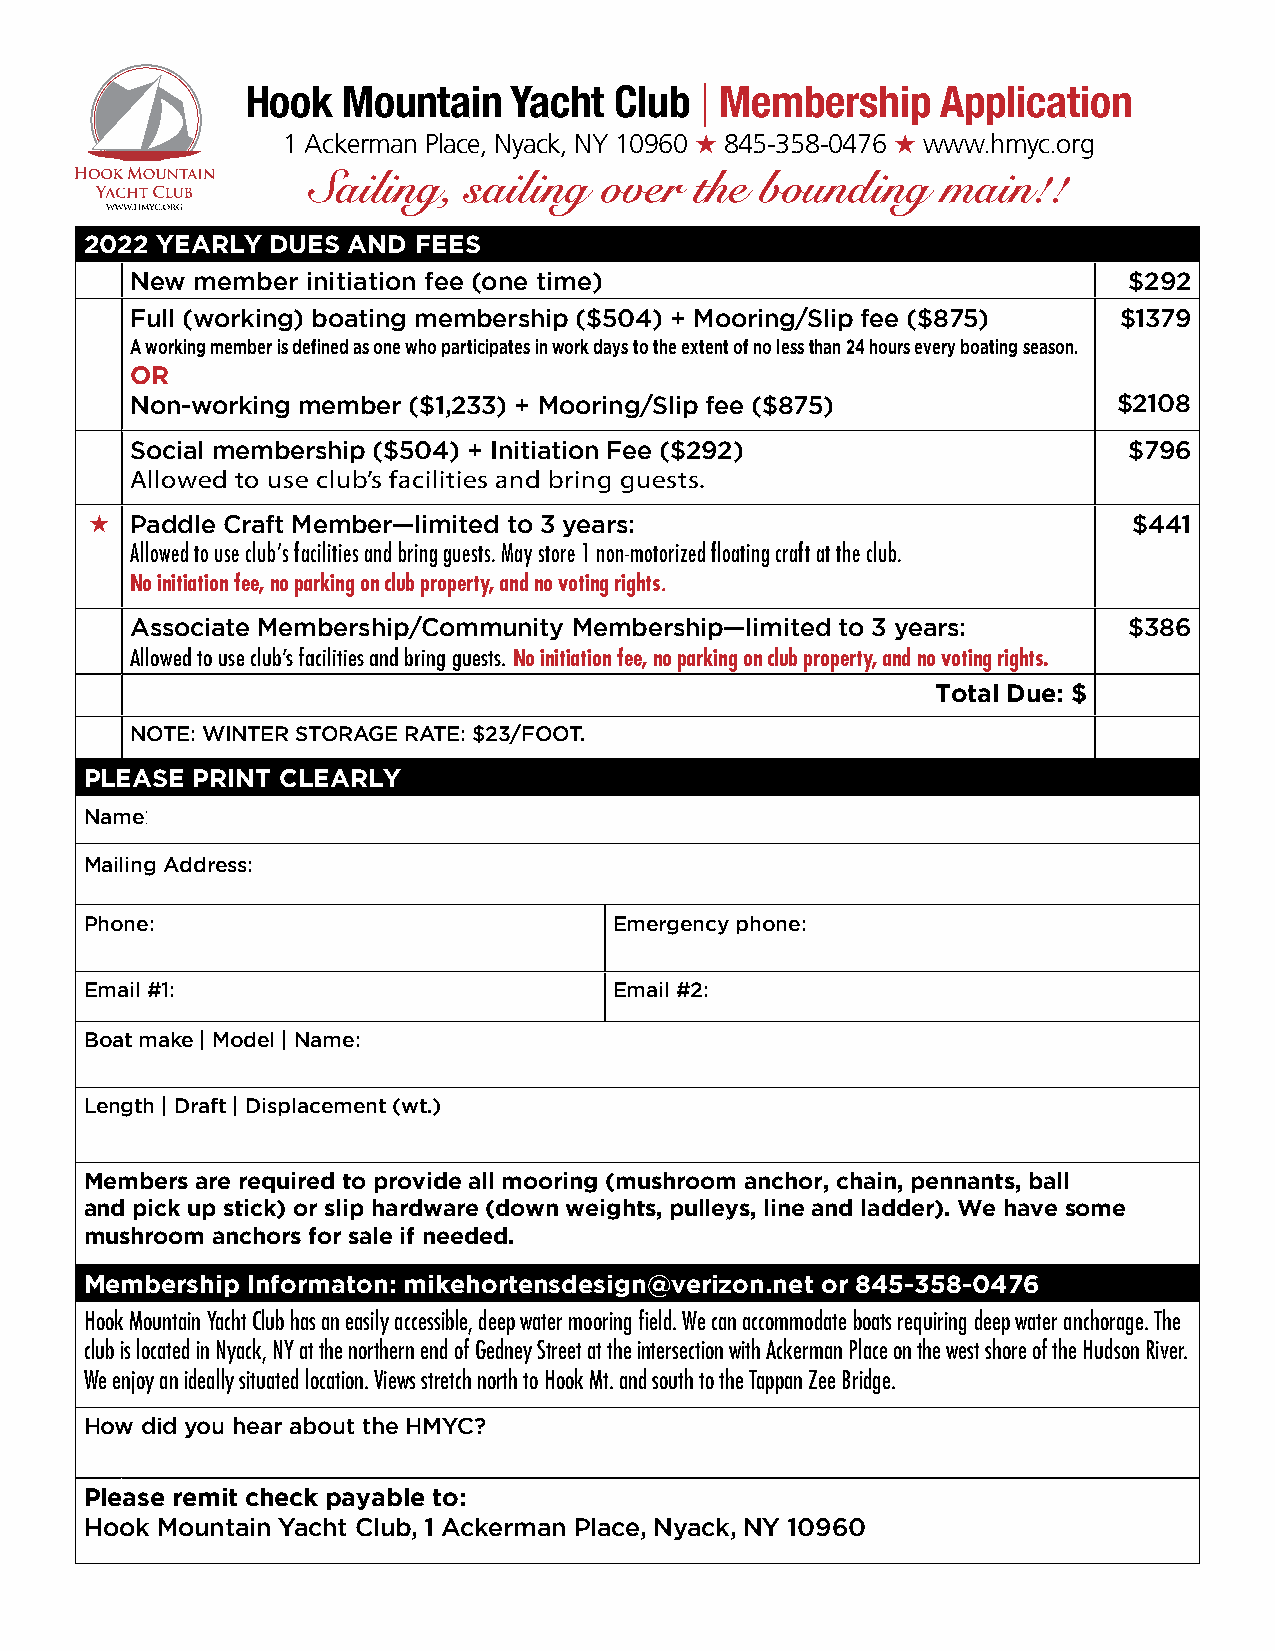
Hook   Mountain   Yacht  Club | Membership    Application
 1 Ackerman Place, Nyack, NY 10960 H 845-358-0476 H www.hmyc.org
 Sailing,  sailing  over  the bounding    main!!
 2022 YEARLY DUES AND FEES
 New member initiation fee (one time)                              $292
 Full (working) boating membership ($504) + Mooring/Slip fee ($875) $1379
 A working member is defined as one who participates in work days to the extent of no less than 24 hours every boating season.
 OR
 Non-working member ($1,233) + Mooring/Slip fee ($875)            $2108
 Social membership ($504) + Initiation Fee ($292)                  $796
 Allowed to use club’s facilities and bring guests.
 H  Paddle Craft Member—limited to 3 years:                           $441
 Allowed to use club’s facilities and bring guests. May store 1 non-motorized floating craft at the club.
 No initiation fee, no parking on club property, and no voting rights.
 Associate Membership/Community Membership—limited to 3 years:     $386
 Allowed to use club’s facilities and bring guests. No initiation fee, no parking on club property, and no voting rights.
 Total Due: $
 NOTE: WINTER STORAGE RATE: $23/FOOT.
 PLEASE PRINT CLEARLY
 Name:
 Mailing Address:
 Phone:                             Emergency phone:
 Email #1:                          Email #2:
 Boat make | Model | Name:
 Length | Draft | Displacement (wt.)
 Members are required to provide all mooring (mushroom anchor, chain, pennants, ball
 and pick up stick) or slip hardware (down weights, pulleys, line and ladder). We have some
 mushroom anchors for sale if needed.
 Membership Informaton: mikehortensdesign@verizon.net or 845-358-0476
 Hook Mountain Yacht Club has an easily accessible, deep water mooring field. We can accommodate boats requiring deep water anchorage. The
 club is located in Nyack, NY at the northern end of Gedney Street at the intersection with Ackerman Place on the west shore of the Hudson River.
 We enjoy an ideally situated location. Views stretch north to Hook Mt. and south to the Tappan Zee Bridge.
 How did you hear about the HMYC?
 Please remit check payable to:
 Hook Mountain Yacht Club, 1 Ackerman Place, Nyack, NY 10960